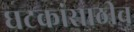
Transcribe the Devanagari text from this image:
घटकांसाठीच